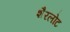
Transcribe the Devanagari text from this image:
शैरलोट